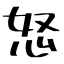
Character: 怒